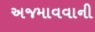
અજમાવવાની